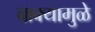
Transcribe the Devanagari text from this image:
वाक्यामुळे